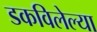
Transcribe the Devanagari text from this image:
डकविलेल्या